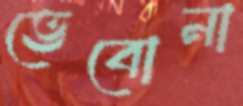
ভেবোনা